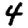
Digit: 4